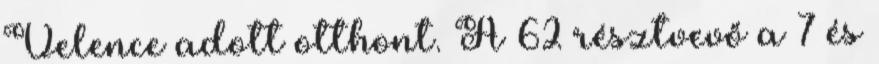
Velence adott otthont. A 62 résztvevő a 7 és